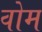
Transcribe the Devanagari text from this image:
वोम